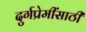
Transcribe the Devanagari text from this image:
दुर्गप्रेमींसाठी